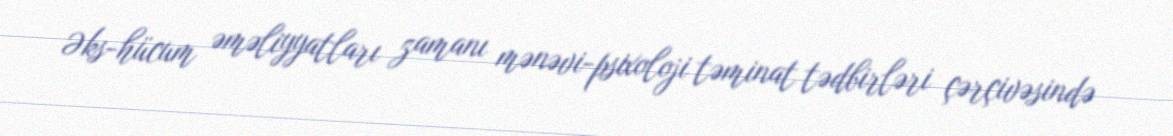
Əks-hücum əməliyyatları zamanı mənəvi-psixoloji təminat tədbirləri çərçivəsində